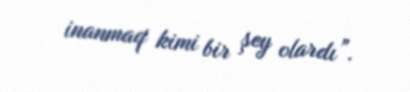
inanmaq kimi bir şey olardı”.